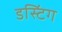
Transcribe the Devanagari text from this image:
डस्टिंग